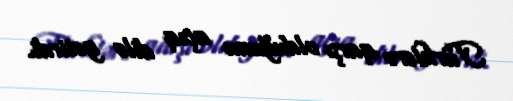
Türklərə qarşı olduğunu açıq dilə gətirdi.